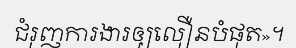
ជំរុញការងារឲ្យលឿនបំផុត»។